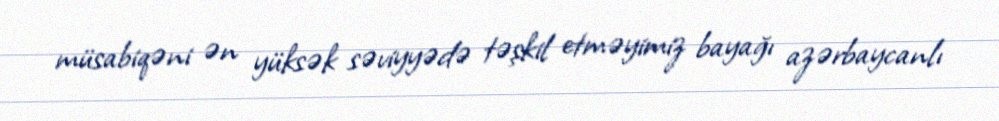
müsabiqəni ən yüksək səviyyədə təşkil etməyimiz bayağı azərbaycanlı